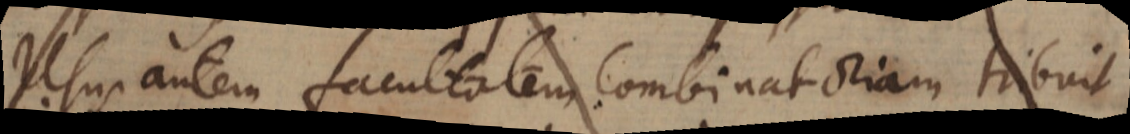
Usus autem facultatem Combinatoriam tribuit